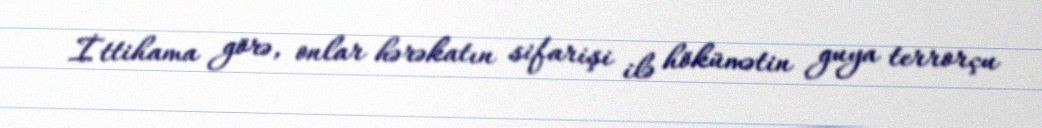
İttihama görə, onlar hərəkatın sifarişi ilə hökümətin guya terrorçu